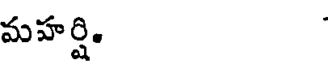
మహర్షి